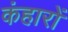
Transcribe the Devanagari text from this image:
कंहारों